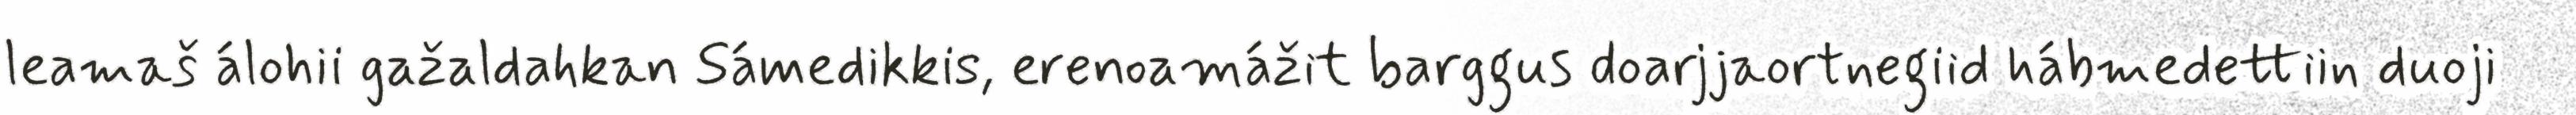
leamaš álohii gažaldahkan Sámedikkis, erenoamážit barggus doarjjaortnegiid hábmedettiin duoji